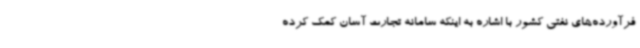
فرآورده‌های نفتی کشور با اشاره به اینکه سامانه تجارت آسان کمک کرده